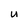
Character: u